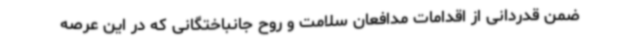
ضمن قدردانی از اقدامات مدافعان سلامت و روح جانباختگانی که در این عرصه